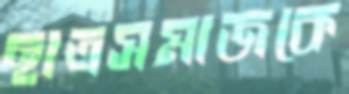
ছাত্রসমাজকে